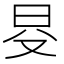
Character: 𣅝